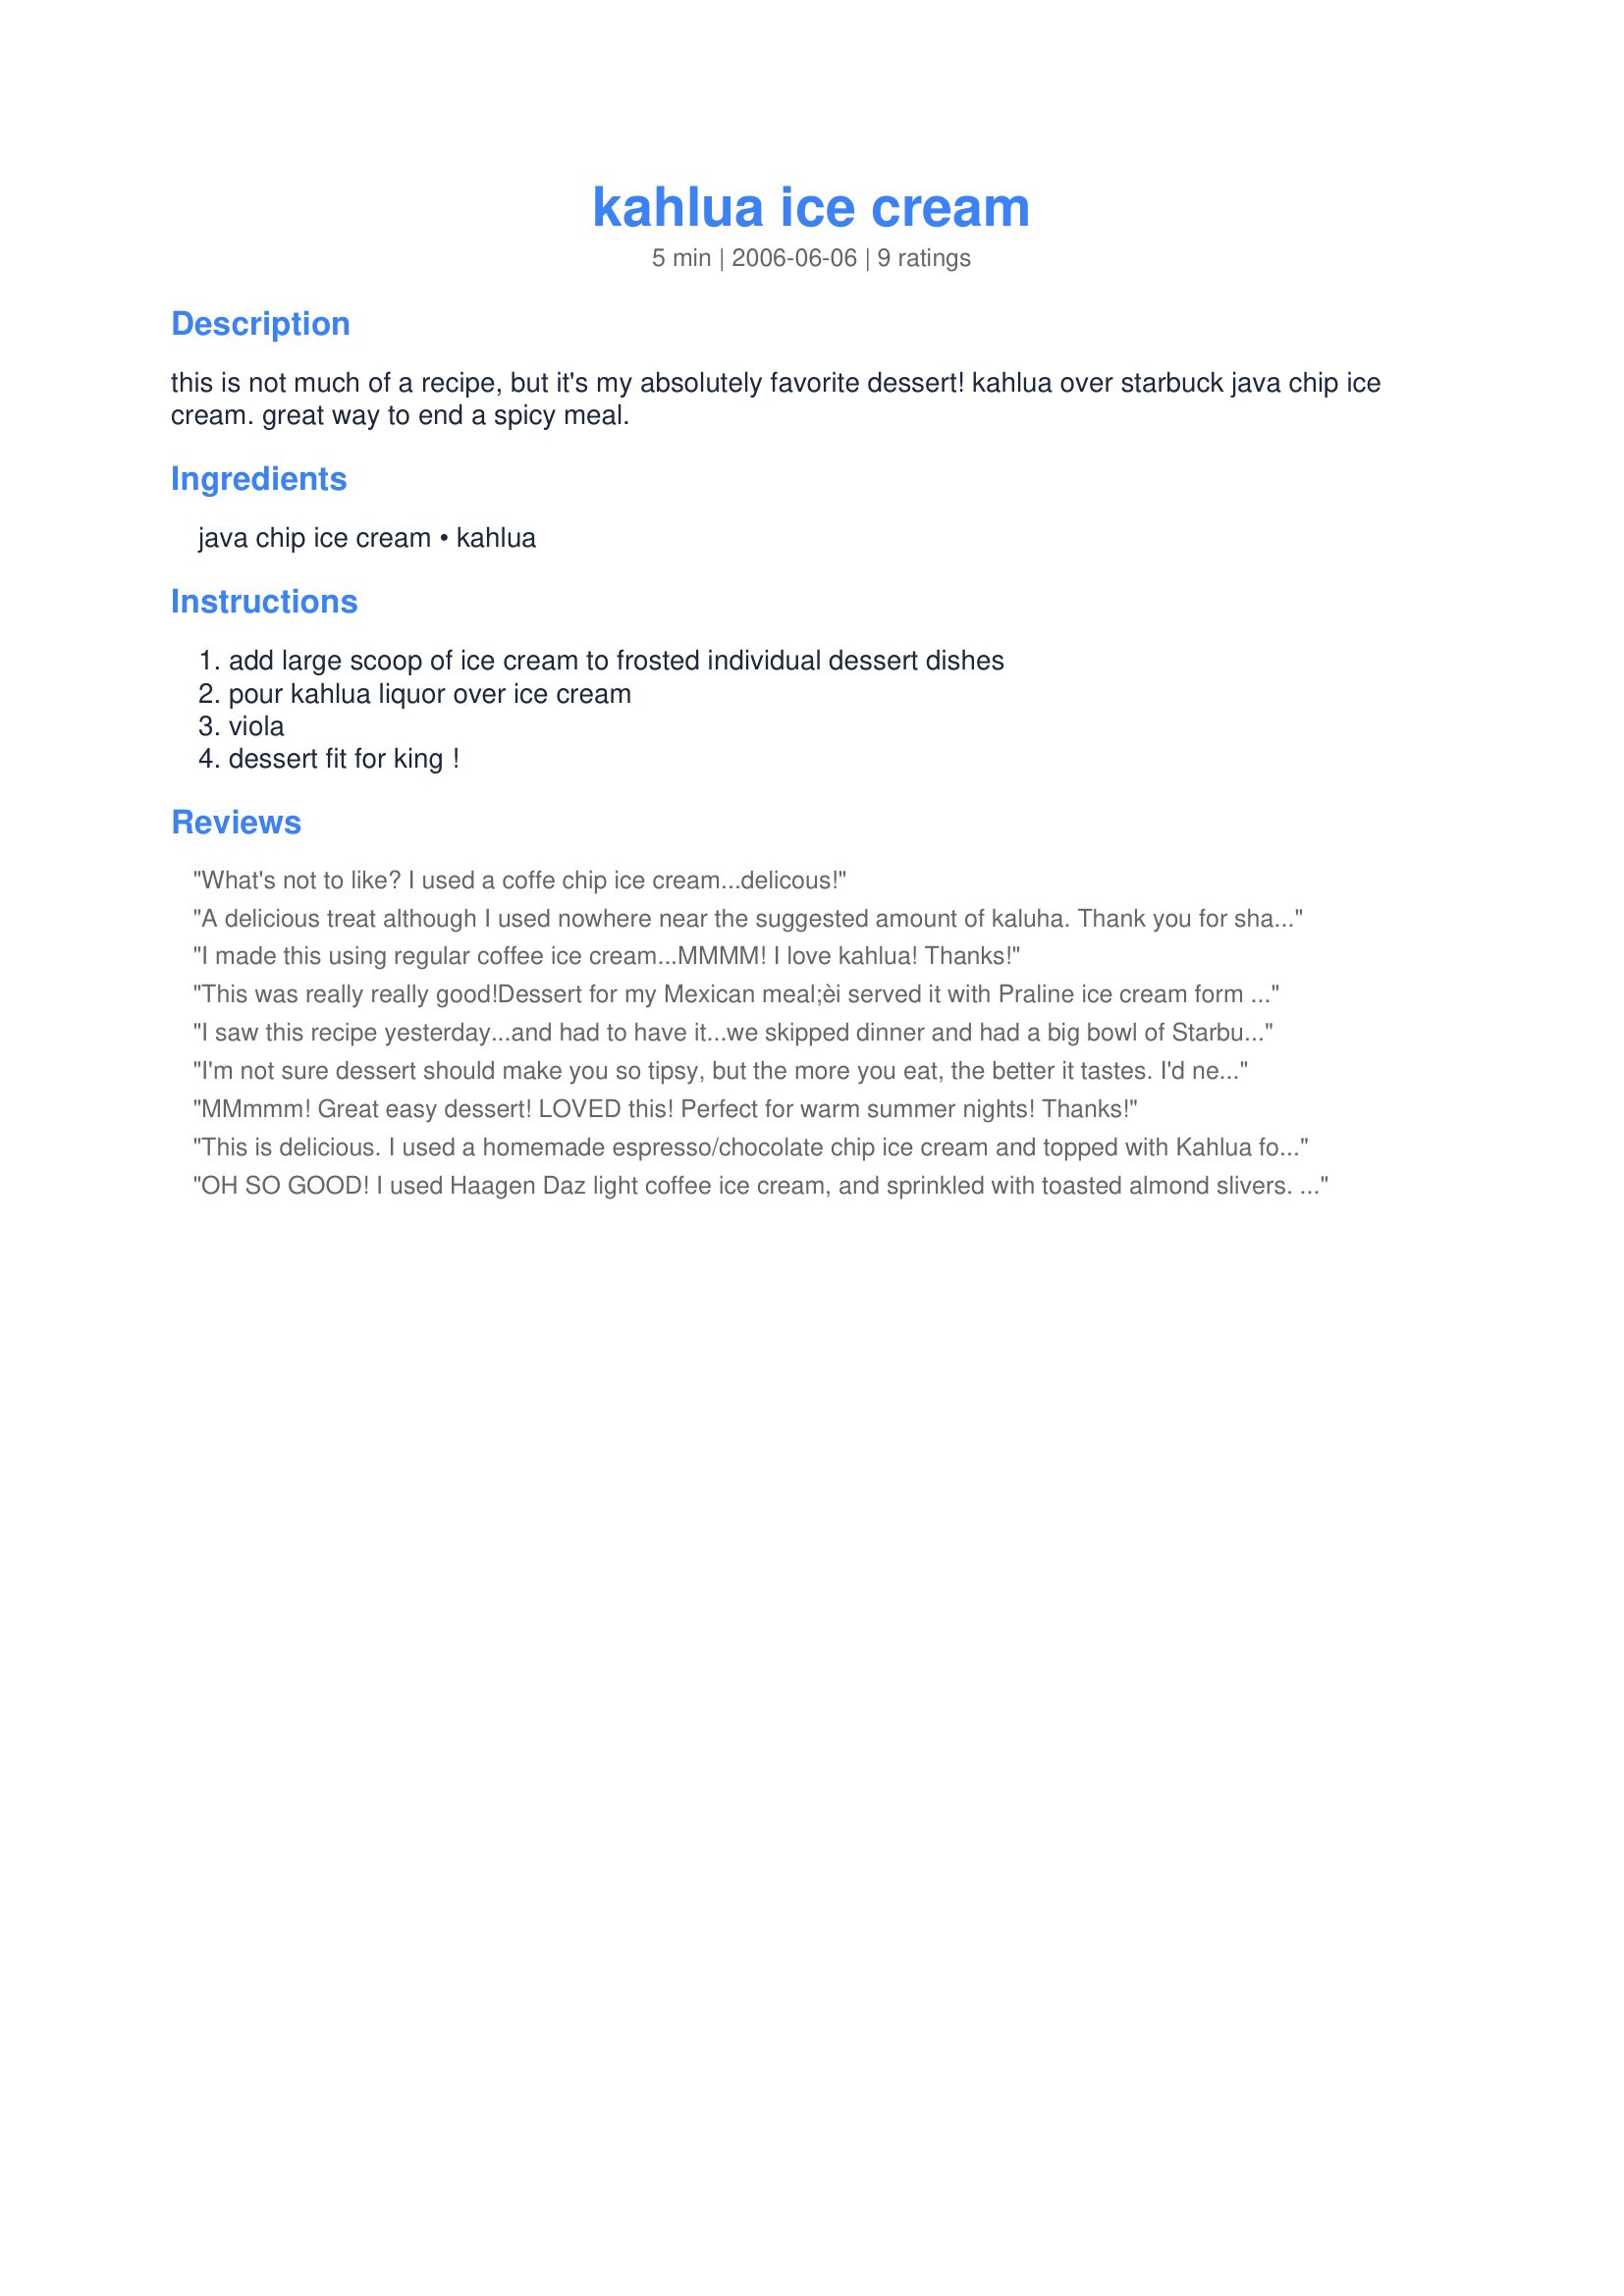
kahlua ice cream
Preparation time: 5 minutes

this is not much of a recipe, but it's my absolutely favorite dessert! kahlua over starbuck java chip ice cream. great way to end a spicy meal.

Ingredients:
java chip ice cream, kahlua

Steps:
add large scoop of ice cream to frosted individual dessert dishes, pour kahlua liquor over ice cream, viola, dessert fit for king !

Reviews:
What's not to like? I used a coffe chip ice cream...delicous!
A delicious treat although I used nowhere near the suggested amount of kaluha. Thank you for sharing your recipe!
I made this using regular coffee ice cream...MMMM! I love kahlua! Thanks!
This was really really good!Dessert for my Mexican meal;èi served it with Praline ice cream form M&M.
Thank you for sharing.
I saw this recipe yesterday...and had to have it...we skipped dinner and had a big bowl of Starbuck's ice cream (didn't have the java chip though) We doused it with Kahlua..Whipped up a little cream, sprinkled the whole thing with cocoa and called it DINNER!! 
Thank you for the wonderful dinner :)))
I'm not sure dessert should make you so tipsy, but the more you eat, the better it tastes. I'd never had Starbuck's ice cream before and the java chip was quite good, though I think I liked it a little better without the kahlua. Next time I might try it with Irish cream just because I think the contrast might be better to me than coffee on coffee.
MMmmm! Great easy dessert! LOVED this! Perfect for warm summer nights! Thanks!
This is delicious. I used a homemade espresso/chocolate chip ice cream and topped with Kahlua for an adult dessert for DH and myself.
OH SO GOOD! I used Haagen Daz light coffee ice cream, and sprinkled with toasted almond slivers. If I use light ice cream, I can have 2 right-hic..?

Nick's Mom :)
